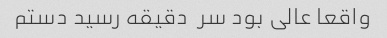
واقعا عالی بود سر  دقیقه رسید دستم